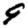
Digit: 9